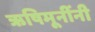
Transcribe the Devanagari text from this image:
ऋषिमूनींनी